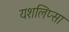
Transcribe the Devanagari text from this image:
यशलिप्सा